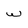
Character: w